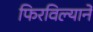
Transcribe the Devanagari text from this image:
फिरविल्याने